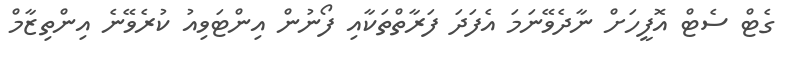
ގެޓް ސެޓް އޮފީހަށް ނާދެވޭނަމަ އެފަދަ ފަރާތްތަކާއި ފޯނުން އިންޓަވިއު ކުރެވޭނެ އިންތިޒާމް